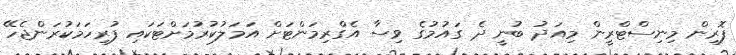
ފޮރިން މިނިސްޓްރީން މިއަދު ބުނީ ދެ ގައުމުގެ ވިސާ އެގްރިމަންޓަށް އަމަލުކުރުމަށްޓަކައި ފުރިހަމަކުރަންޖެހޭ